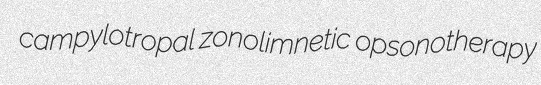
campylotropal zonolimnetic opsonotherapy